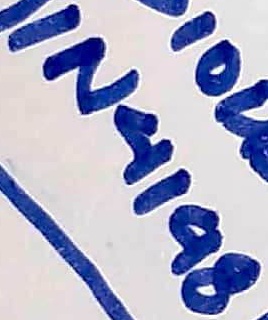
Text: IN4198